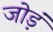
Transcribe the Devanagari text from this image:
जोड़ं